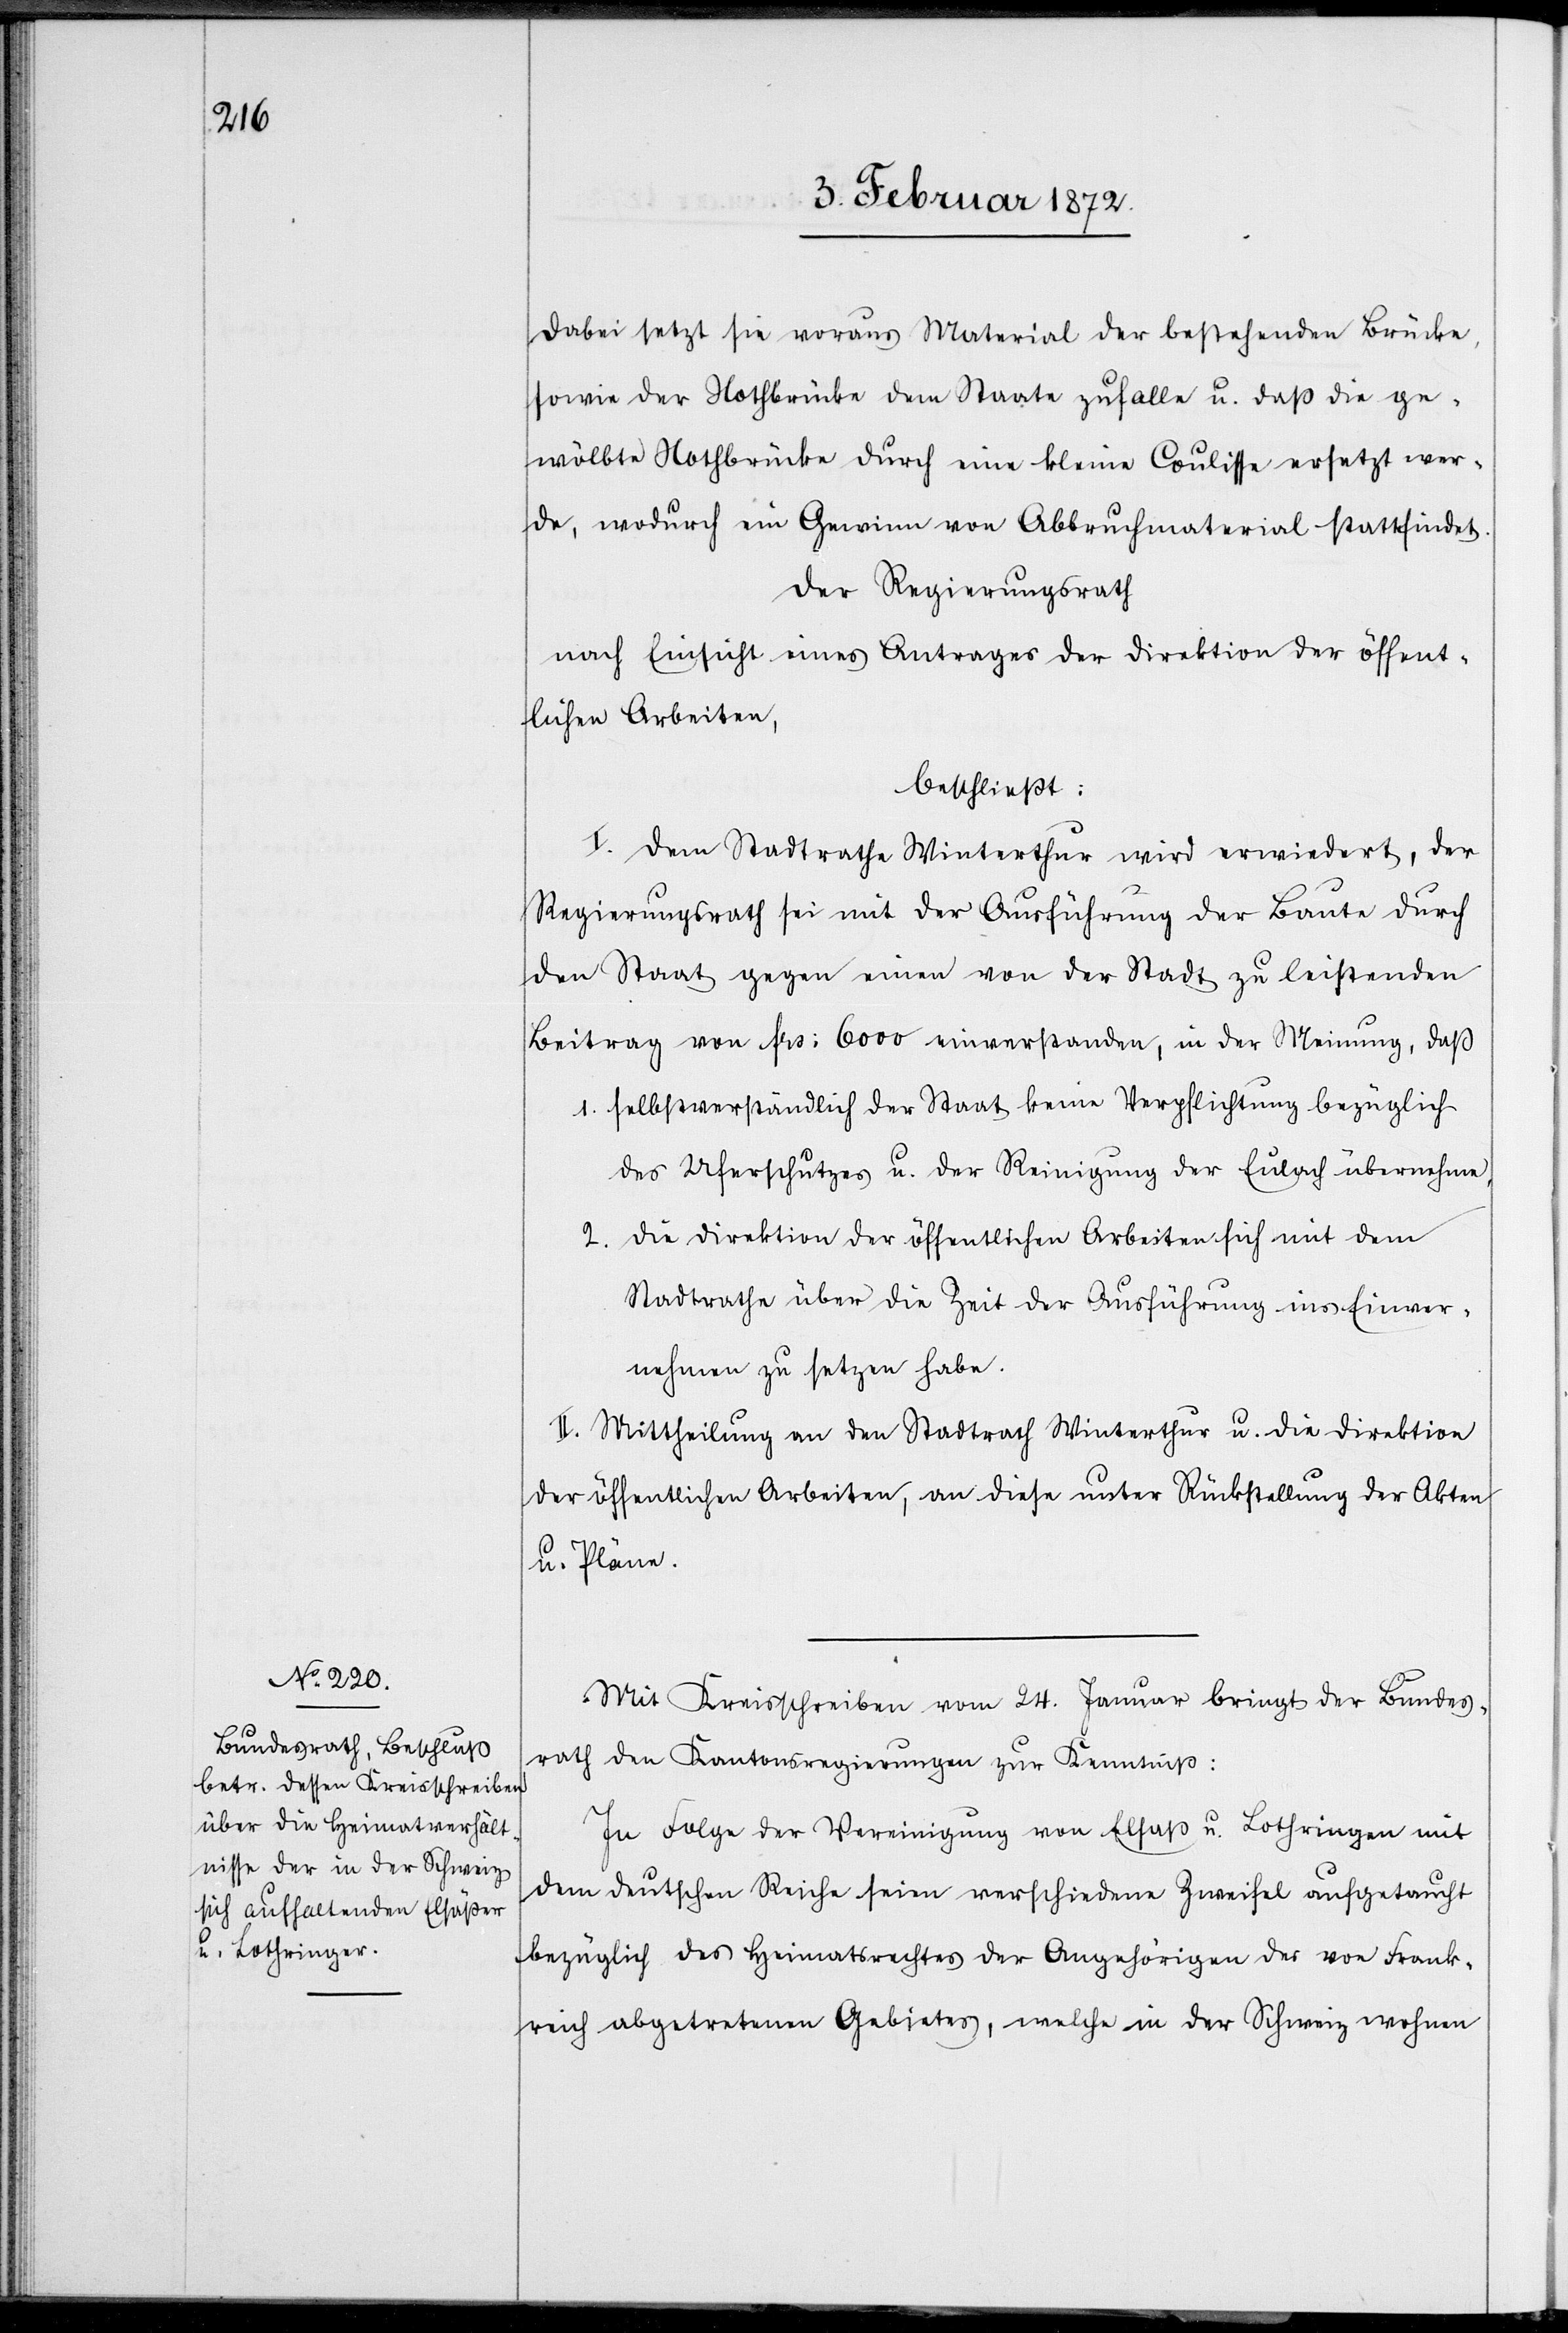
Dabei setzt sie voraus Material der bestehenden Brücke,
sowie der Nothbrücke dem Staate zufalle [sic!] u. daß die ge¬
wölbte Nothbrücke durch eine kleine Coulisse ersetzt wer¬
de, wodurch ein Gewinn von Abbruchmaterial stattfindet.
Der Regierungsrath
nach Einsicht eines Antrages der Direktion der öffent¬
lichen Arbeiten,
beschließt:
I. Dem Stadtrathe Winterthur wird erwiedert, der
Regierungsrath sei mit der Ausführung der Baute durch
den Staat gegen einen von der Stadt zu leistenden
Beitrag von frs. 6000 einverstanden, in der Meinung, daß
1. selbstverständlich der Staat keine Verpflichtung bezüglich
des Uferschutzes u. der Reinigung der Eulach übernehme,
2. die Direktion der öffentlichen Arbeiten sich mit dem
Stadtrathe über die Zeit der Ausführung ins Einver¬
nehmen zu setzen habe.
II. Mittheilung an den Stadtrath Winterthur u. die Direktion
der öffentlichen Arbeiten, an diese unter Rückstellung der Akten
u. Pläne.
Mit Kreisschreiben vom 24. Januar bringt der Bundes¬
rath den Kantonsregierungen zur Kenntniß:
In Folge der Vereinigung von Elsaß u. Lothringen mit
dem deutschen Reiche seien verschiedene Zweifel aufgetaucht
bezüglich des Heimatrechtes der Angehörigen des von Frank¬
reich abgetretenen Gebietes, welche in der Schweiz wohnen